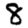
Digit: 8